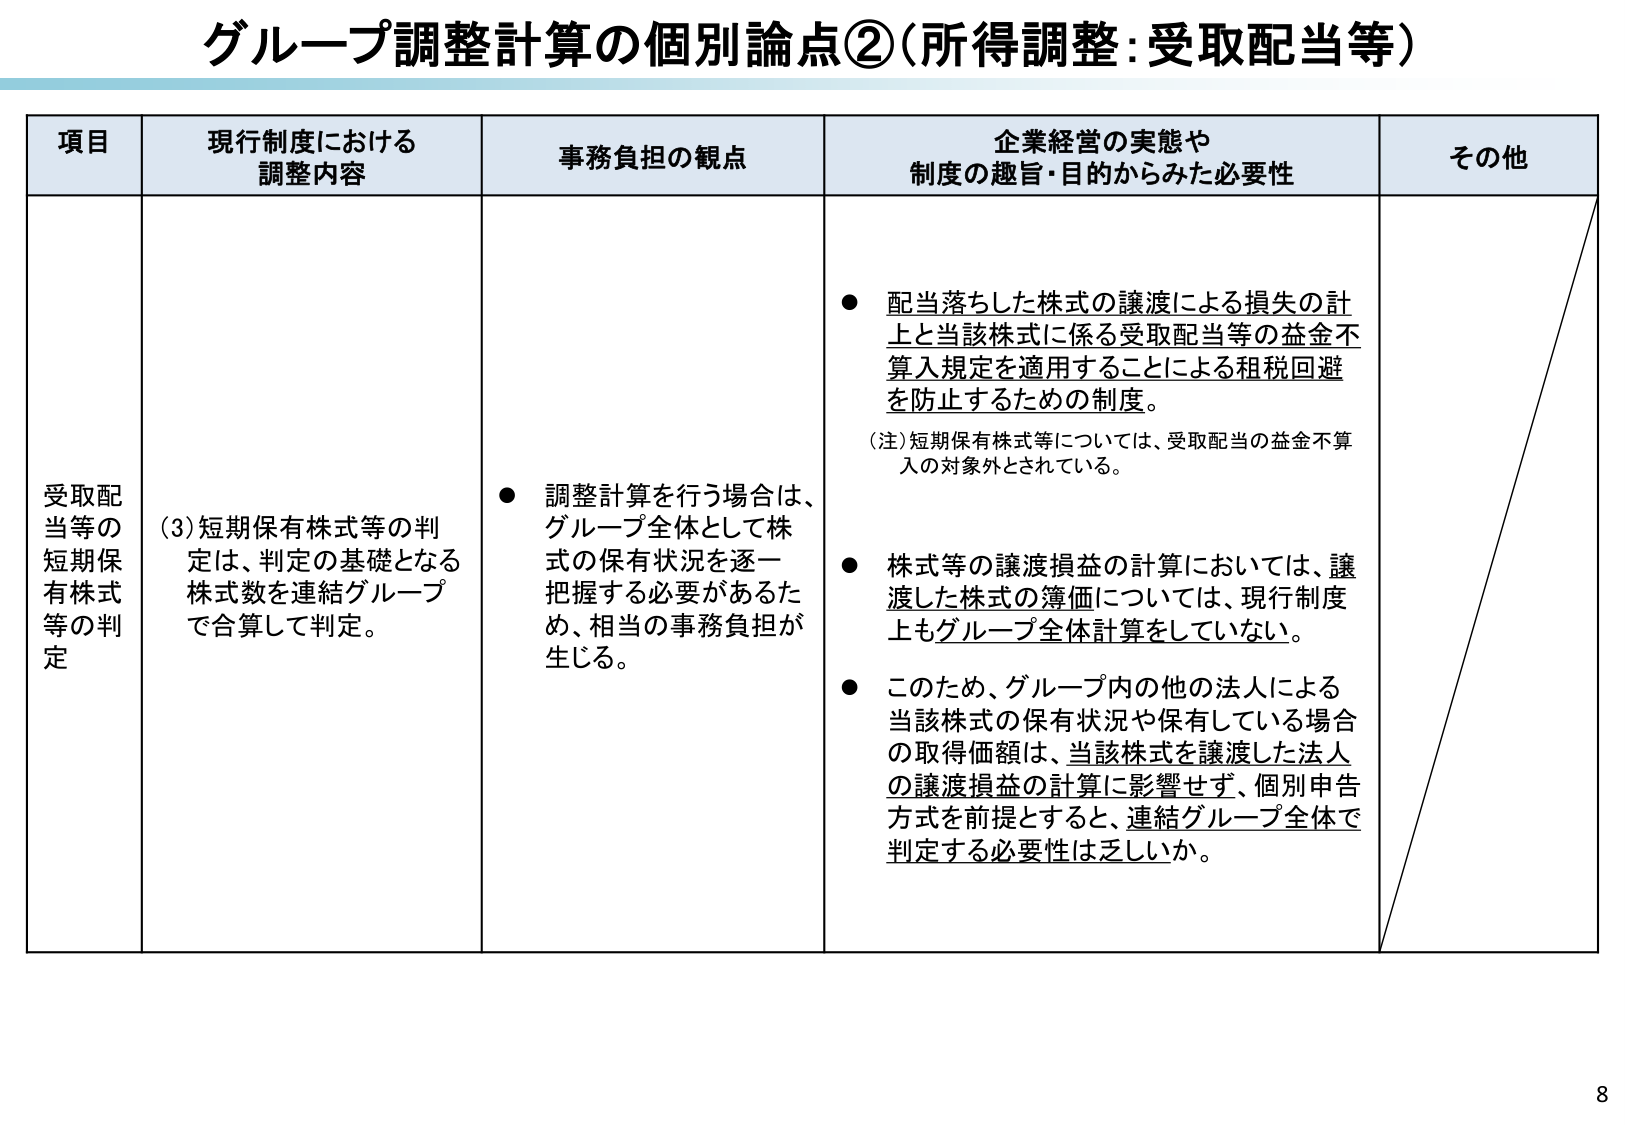
グループ調整計算の個別論点②（所得調整：受取配当等）

項目 現行制度における調整内容 事務負担の観点 企業経営の実態や制度の趣旨・目的からみた必要性 その他

受取配当等の短期保有株式等の判定 （3）短期保有株式等の判定は、判定の基礎となる株式数を連結グループで合算して判定。 ● 調整計算を行う場合は、グループ全体として株式の保有状況を逐一把握する必要があるため、相当の事務負担が生じる。 ● 配当落ちした株式の譲渡による損失の計上と当該株式に係る受取配当等の益金不算入規定を適用することによる租税回避を防止するための制度。 （注）短期保有株式等については、受取配当の益金不算入の対象外とされている。 ● 株式等の譲渡損益の計算においては、譲渡した株式の簿価については、現行制度上もグループ全体計算をしていない。 ● このため、グループ内の他の法人による当該株式の保有状況や保有している場合の取得価額は、当該株式を譲渡した法人の譲渡損益の計算に影響せず、個別申告方式を前提とするとき、連結グループ全体で判定する必要性は乏しいか。

8